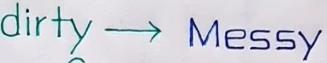
dirty --> Messy